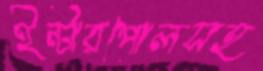
ইন্টারপোলসহ